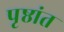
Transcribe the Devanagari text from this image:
पृष्ठांत